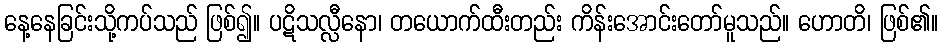
နေ့နေခြင်းသို့ကပ်သည် ဖြစ်၍။ ပဋိသလ္လီနော၊ တယောက်ထီးတည်း ကိန်းအောင်းတော်မူသည်။ ဟောတိ၊ ဖြစ်၏။